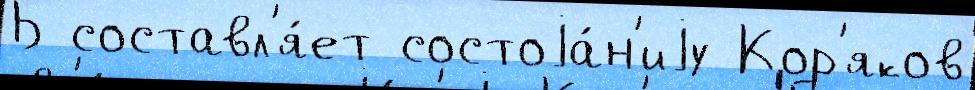
Б составл'я́ет состоjа́н'иjу Кор'яков